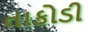
તાકોડી